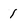
Character: 1